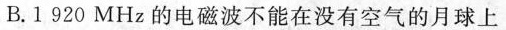
B.1920MHz的电磁波不能在没有空气的月球上